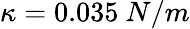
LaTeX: \kappa=0.035\ N/m